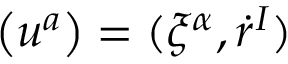
\left( u ^ { a } \right) = ( \xi ^ { \alpha } , \dot { r } ^ { I } )